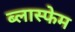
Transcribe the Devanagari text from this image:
ब्लास्फेम